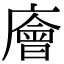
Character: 廥